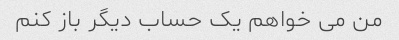
من می خواهم یک حساب دیگر باز کنم